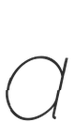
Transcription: a